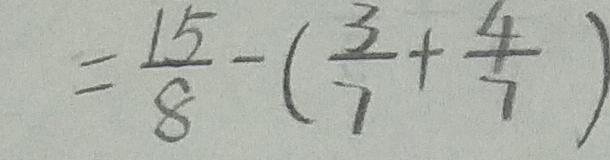
= \frac { 1 5 } { 8 } - ( \frac { 3 } { 7 } + \frac { 4 } { 7 } )